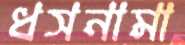
ধসনামা